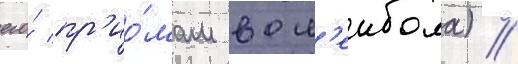
его́ пр'ио́мам вол'еибола) //